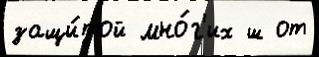
защи́той мно́г'их ш от